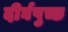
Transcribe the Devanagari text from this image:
दीर्घपुच्छ